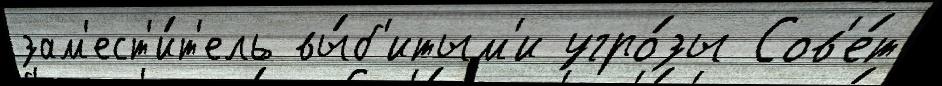
зам'ест'и́т'ель вы́б'итым'и угро́зы Сов'е́т